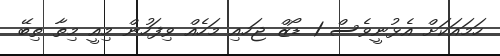
ހަމައަކަށް އެޅުނީވެސް 1 ޑޯޒް ޖަހއި މަހެއް ވިފަހުން މިއީ މިތާ ތިބޭ